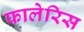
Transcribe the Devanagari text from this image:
फालेरिस